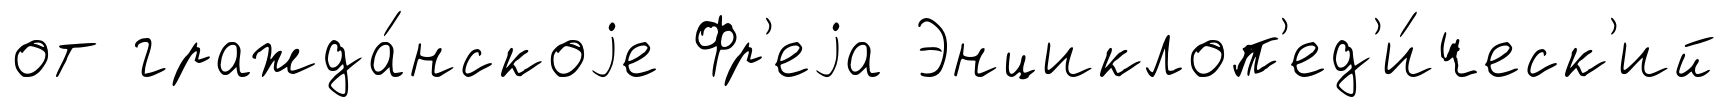
от гражда́нскоjе Фр'еjа Энциклоп'ед'и́ческ'ий